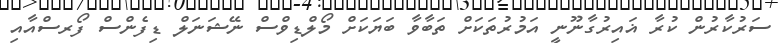
ސަރުކާރުން ކުރާ ޣައިރުގާނޫނީ އަމުރުތަކަށް ތަބާވާ ބަޔަކަށް މޯލްޑިވްސް ނޭޝަނަލް ޑިފެންސް ފޯރސްއާއި